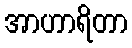
အာဟာရိတာ